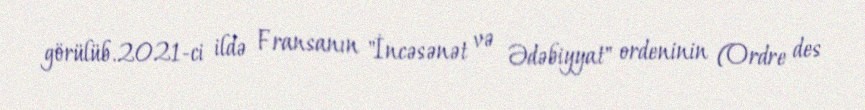
görülüb.2021-ci ildə Fransanın "İncəsənət və Ədəbiyyat" ordeninin (Ordre des